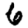
Digit: 6